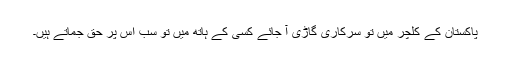
پاکستان کے کلچر میں تو سرکاری گاڑی آ جائے کسی کے ہاتھ میں تو سب اس پر حق جماتے ہیں۔